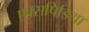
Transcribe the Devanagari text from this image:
एक्सपिडिया